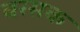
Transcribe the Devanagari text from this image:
वरसक